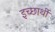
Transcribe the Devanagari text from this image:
इच्छार्थी